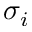
\sigma _ { i }